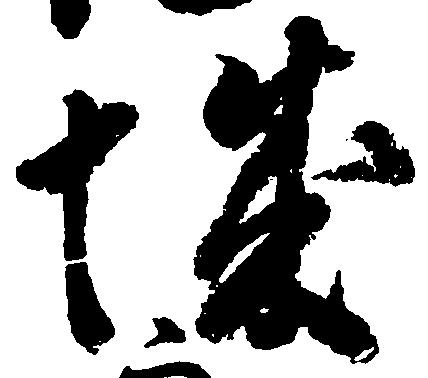
城